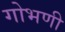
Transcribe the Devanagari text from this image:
गोभणी